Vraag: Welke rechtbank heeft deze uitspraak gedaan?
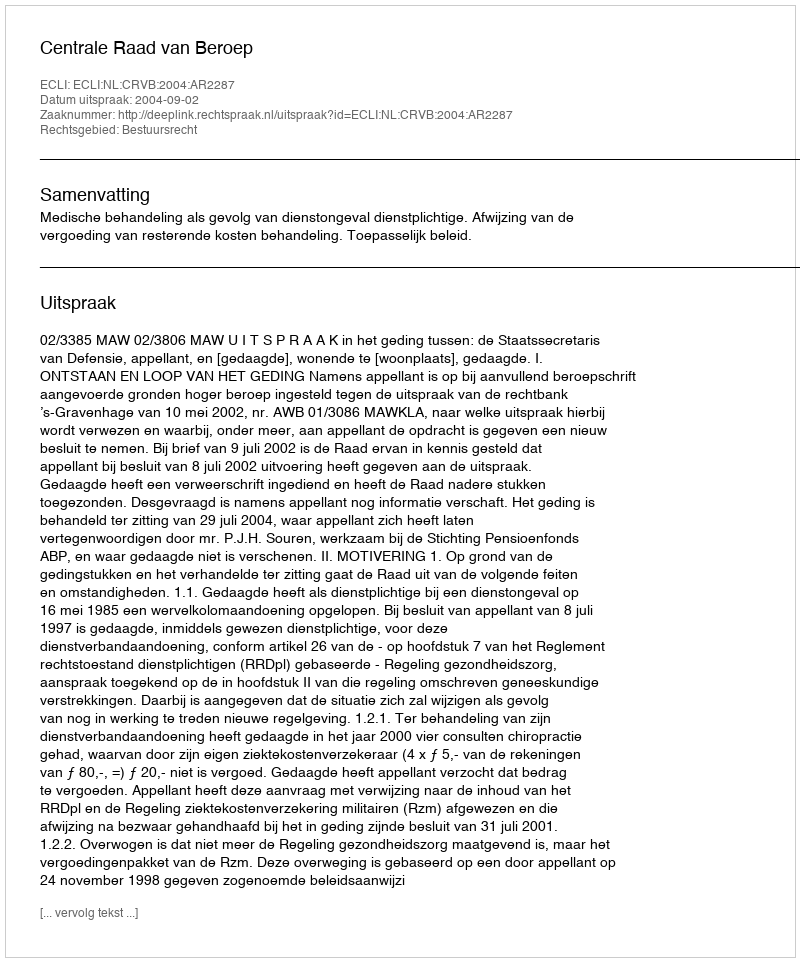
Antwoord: Centrale Raad van Beroep